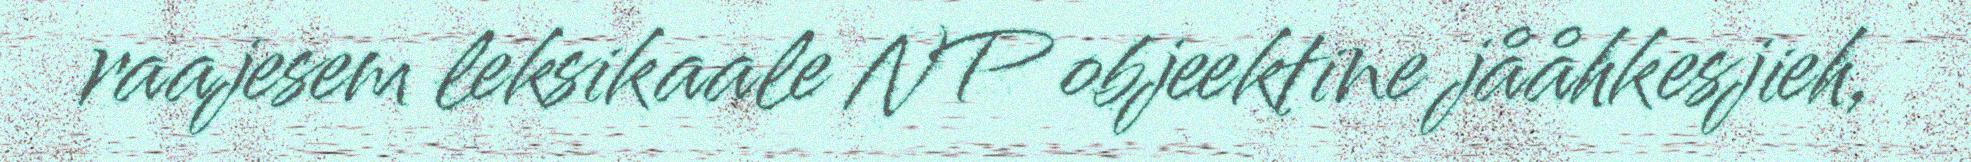
raajesem leksikaale NP objeektine jååhkesjieh,